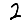
Digit: 2